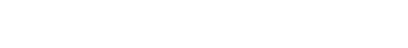
အထ ခေါ၊ ထိုအခါ၌။ တဏှာ စ၊ တဏှာသည်လည်းကောင်း။ အရတိ စ၊